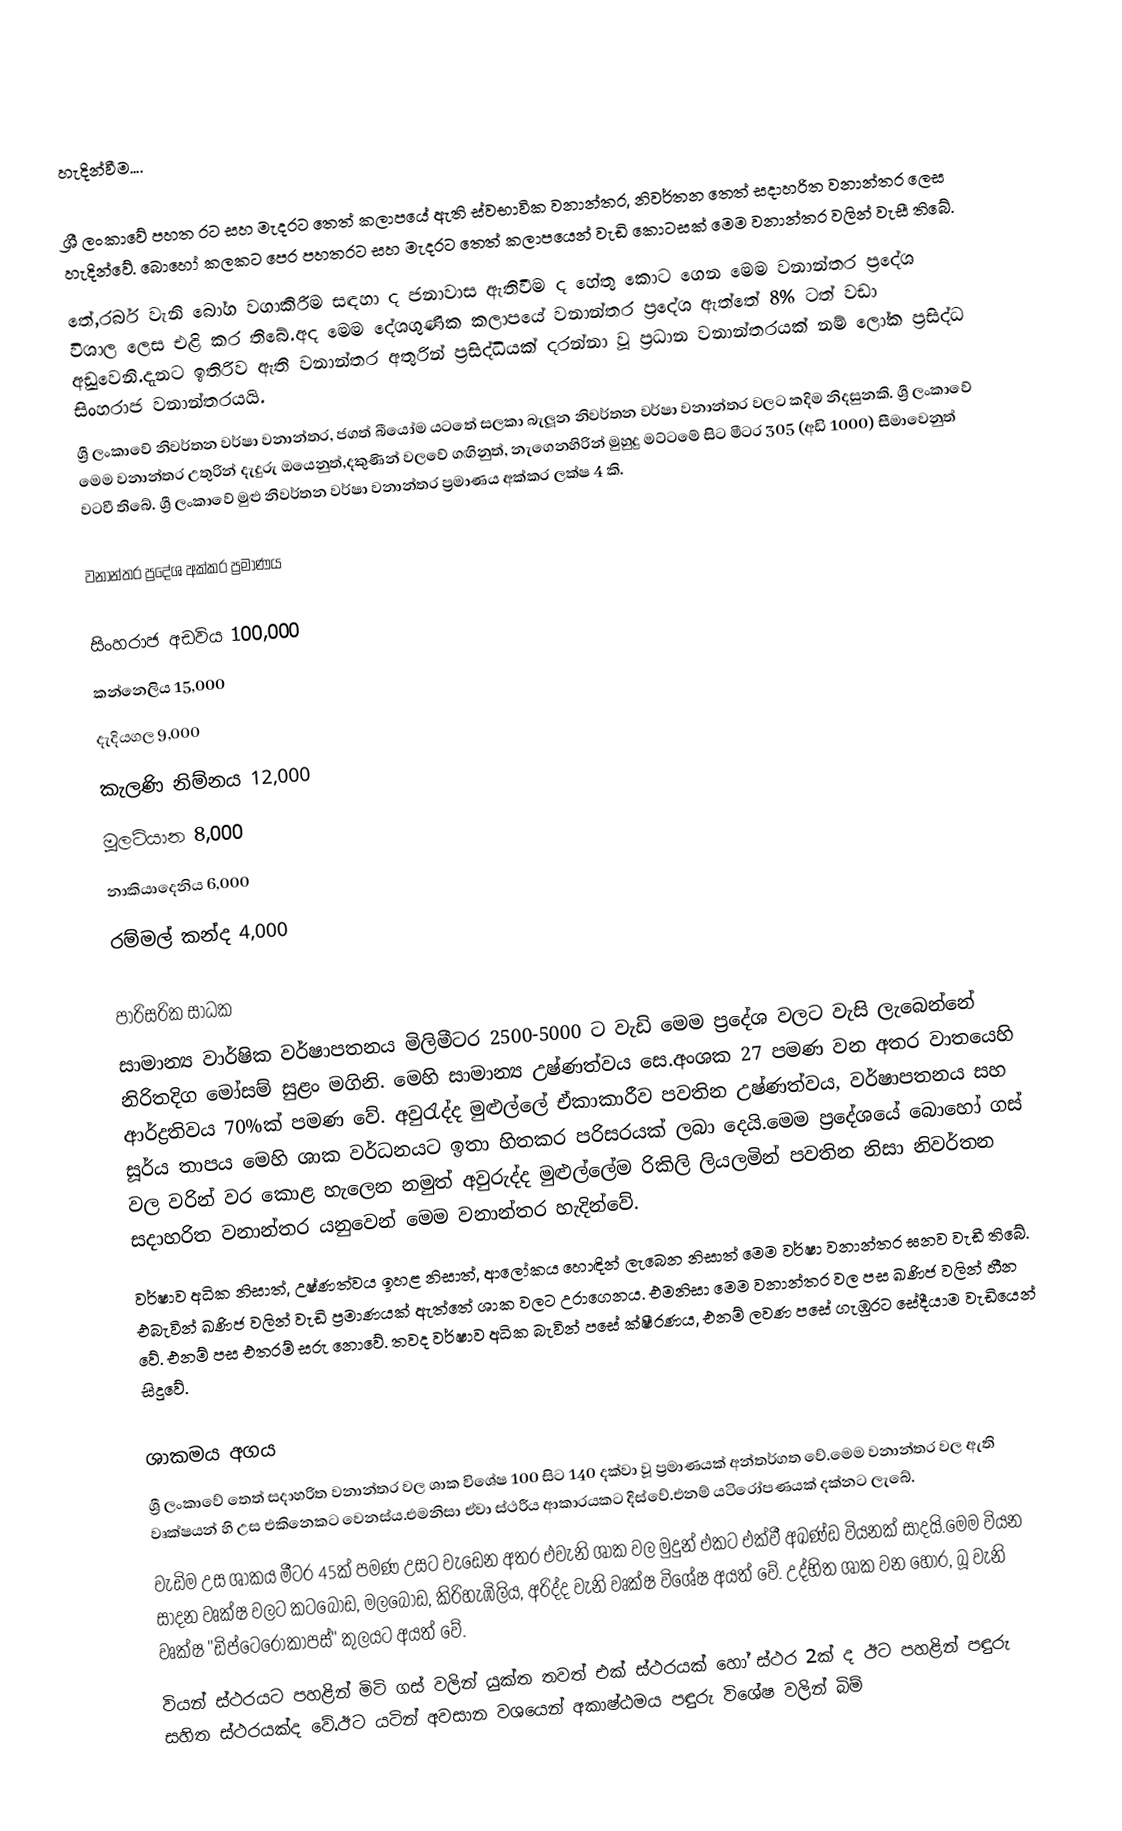

හැදින්වීම....

ශ්‍රී ලංකාවේ පහත රට සහ මැදරට තෙත් කලාපයේ ඇති ස්වභාවික වනාන්තර, නිවර්තන තෙත් සදාහරිත වනාන්තර ලෙස හැදින්වේ. බොහෝ කලකට පෙර පහතරට සහ මැදරට තෙත් කලාපයෙන් වැඩි කොටසක් මෙම වනාන්තර වලින් වැසී තිබේ.
	තේ,රබර් වැනි බෝග වගාකිරීම සඳහා ද ජනාවාස ඇතිවීම ද හේතු කොට ගෙන මෙම වනාන්තර ප්‍රදේශ විශාල ලෙස එළි කර තිබේ.අද මෙම දේශගුණික කලාපයේ වනාන්තර ප්‍රදේශ ඇත්තේ 8% ටත් වඩා අඩුවෙනි.දැනට ඉතිරිව ඇති වනාන්තර අතුරින් ප්‍රසිද්ධියක් දරන්නා වූ ප්‍රධාන වනාන්තරයක් නම් ලෝක ප්‍රසිද්ධ සිංහරාජ වනාන්තරයයි.
	ශ්‍රී ලංකාවේ නිවර්තන වර්ෂා වනාන්තර, ජගත් බීයෝම යටතේ සලකා බැලූන නිවර්තන වර්ෂා වනාන්තර වලට කදිම නිදසුනකි. ශ්‍රී ලංකාවේ මෙම වනාන්තර උතුරින් දැදුරු ඔයෙනුත්,දකුණින් වලවේ ගඟිනුත්, නැගෙනහිරින් මුහුදු මට්ටමේ සිට මීටර 305 (අඩි 1000) සීමාවෙනුත් වටවී තිබේ. ශ්‍රී ලංකාවේ මුළු නිවර්තන වර්ෂා වනාන්තර ප්‍රමාණය අක්කර ලක්ෂ 4 කි.

වනාන්තර ප්‍රදේශ අක්කර ප්‍රමාණය

සිංහරාජ අඩවිය		100,000
කන්නෙලිය		  15,000
දැදියගල			    9,000
කැලණි නිම්නය		  12,000
මූලටියාන			    8,000
නාකියාදෙනිය		    6,000
රම්මල් කන්ද 		    4,000

පාරිසරික සාධක
	සාමාන්‍ය වාර්ෂික වර්ෂාපතනය මිලිමීටර 2500-5000 ට වැඩි මෙම ප්‍රදේශ වලට වැසි ලැබෙන්නේ නිරිතදිග මෝසම් සුළං මගිනි. මෙහි සාමාන්‍ය උෂ්ණත්වය සෙ.අංශක 27 පමණ වන අතර වාතයෙහි ආර්ද්‍රතිවය 70%ක් පමණ වේ. අවුරැද්ද මුළුල්ලේ ඒකාකාරීව පවතින උෂ්ණත්වය, වර්ෂාපතනය සහ සූර්ය තාපය මෙහි ශාක වර්ධනයට ඉතා හිතකර පරිසරයක් ලබා දෙයි.මෙම ප්‍රදේශයේ බොහෝ ගස් වල වරින් වර කොළ හැලෙන නමුත් අවුරුද්ද මුළුල්ලේම රිකිලි ලියලමින් පවතින නිසා නිවර්තන සදාහරිත වනාන්තර යනුවෙන් මෙම වනාන්තර හැදින්වේ.
	වර්ෂාව අධික නිසාත්, උෂ්ණත්වය ඉහළ නිසාත්, ආලෝකය හොඳින් ලැබෙන නිසාත් මෙම වර්ෂා වනාන්තර ඝනව වැඩී තිබේ. එබැවින් ඛණිජ වලින් වැඩි ප්‍රමාණයක් ඇත්තේ ශාක වලට උරාගෙනය. එමනිසා මෙම වනාන්තර වල පස ඛණිජ වලින් හීන වේ. එනම් පස එතරම් සරු නොවේ. තවද  වර්ෂාව අධික බැවින් පසේ ක්ෂීරණය, එනම් ලවණ පසේ ගැඹුරට සේදීයාම වැඩියෙන් සිදුවේ.

ශාකමය අගය
	ශ්‍රී ලංකාවේ තෙත් සදාහරිත වනාන්තර වල ශාක විශේෂ 100 සිට 140 දක්වා වූ ප්‍රමාණයක් අන්තර්ගත වේ.මෙම වනාන්තර වල ඇති වෘක‍‍‍‍‍‍‍‍‍‍‍‍‍‍‍‍‍්‍ෂයන් හි උස එකිනෙකට වෙනස්ය.එමනිසා ඒවා ස්ථරීය ආකාරයකට දිස්වේ.එනම් යටිරෝපණයක් දක්නට ලැබේ.
	වැඩිම උස ශාකය මීටර 45ක් පමණ උසට වැඩෙන අතර එවැනි ශාක වල මුදුන් එක‍ට එක්වී අඛණ්ඩ වියනක් සාදයි.මෙම වියන සාදන වෘක්ෂ වලට කටබොඩ, මලබොඩ, කිරිහැඹිලිය, අරිද්ද වැනි වෘක්ෂ විශේෂ අයත් වේ. උද්භිත ශාක වන හොර, බූ වැනි වෘක්ෂ "ඩිප්ටෙරොකාපස්" කුලයට අයත් වේ.
	වියන් ස්ථරයට පහළින් මිටි ගස් වලින් යුක්ත තවත් එක් ස්ථරයක් හෝ ස්ථර 2ක් ද ඊට පහළින් පඳුරු සහිත ස්ථරයක්ද වේ.ඊට යටින් අවසාන වශයෙන් අකාෂ්ඨමය පඳුරු විශේෂ වලින් බිම්